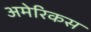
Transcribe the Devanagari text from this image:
अमेरिकस